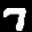
Label: 7